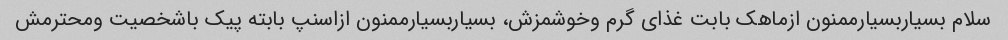
سلام بسیاربسیارممنون ازماهک بابت غذای گرم وخوشمزش، بسیاربسیارممنون ازاسنپ بابته پیک باشخصیت ومحترمش